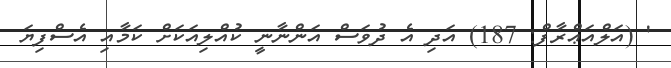
' (އަލްއަޢްރާފް: 187) އަދި އެ ދުވަސް އަންނާނީ ކުއްލިއަކަށް ކަމާއި އެސްފިޔަ